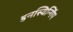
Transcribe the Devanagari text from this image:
इनस्विन्गिंग